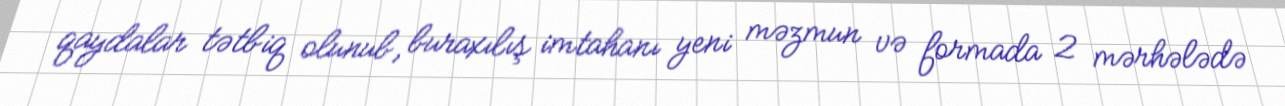
qaydalar tətbiq olunub, buraxılış imtahanı yeni məzmun və formada 2 mərhələdə